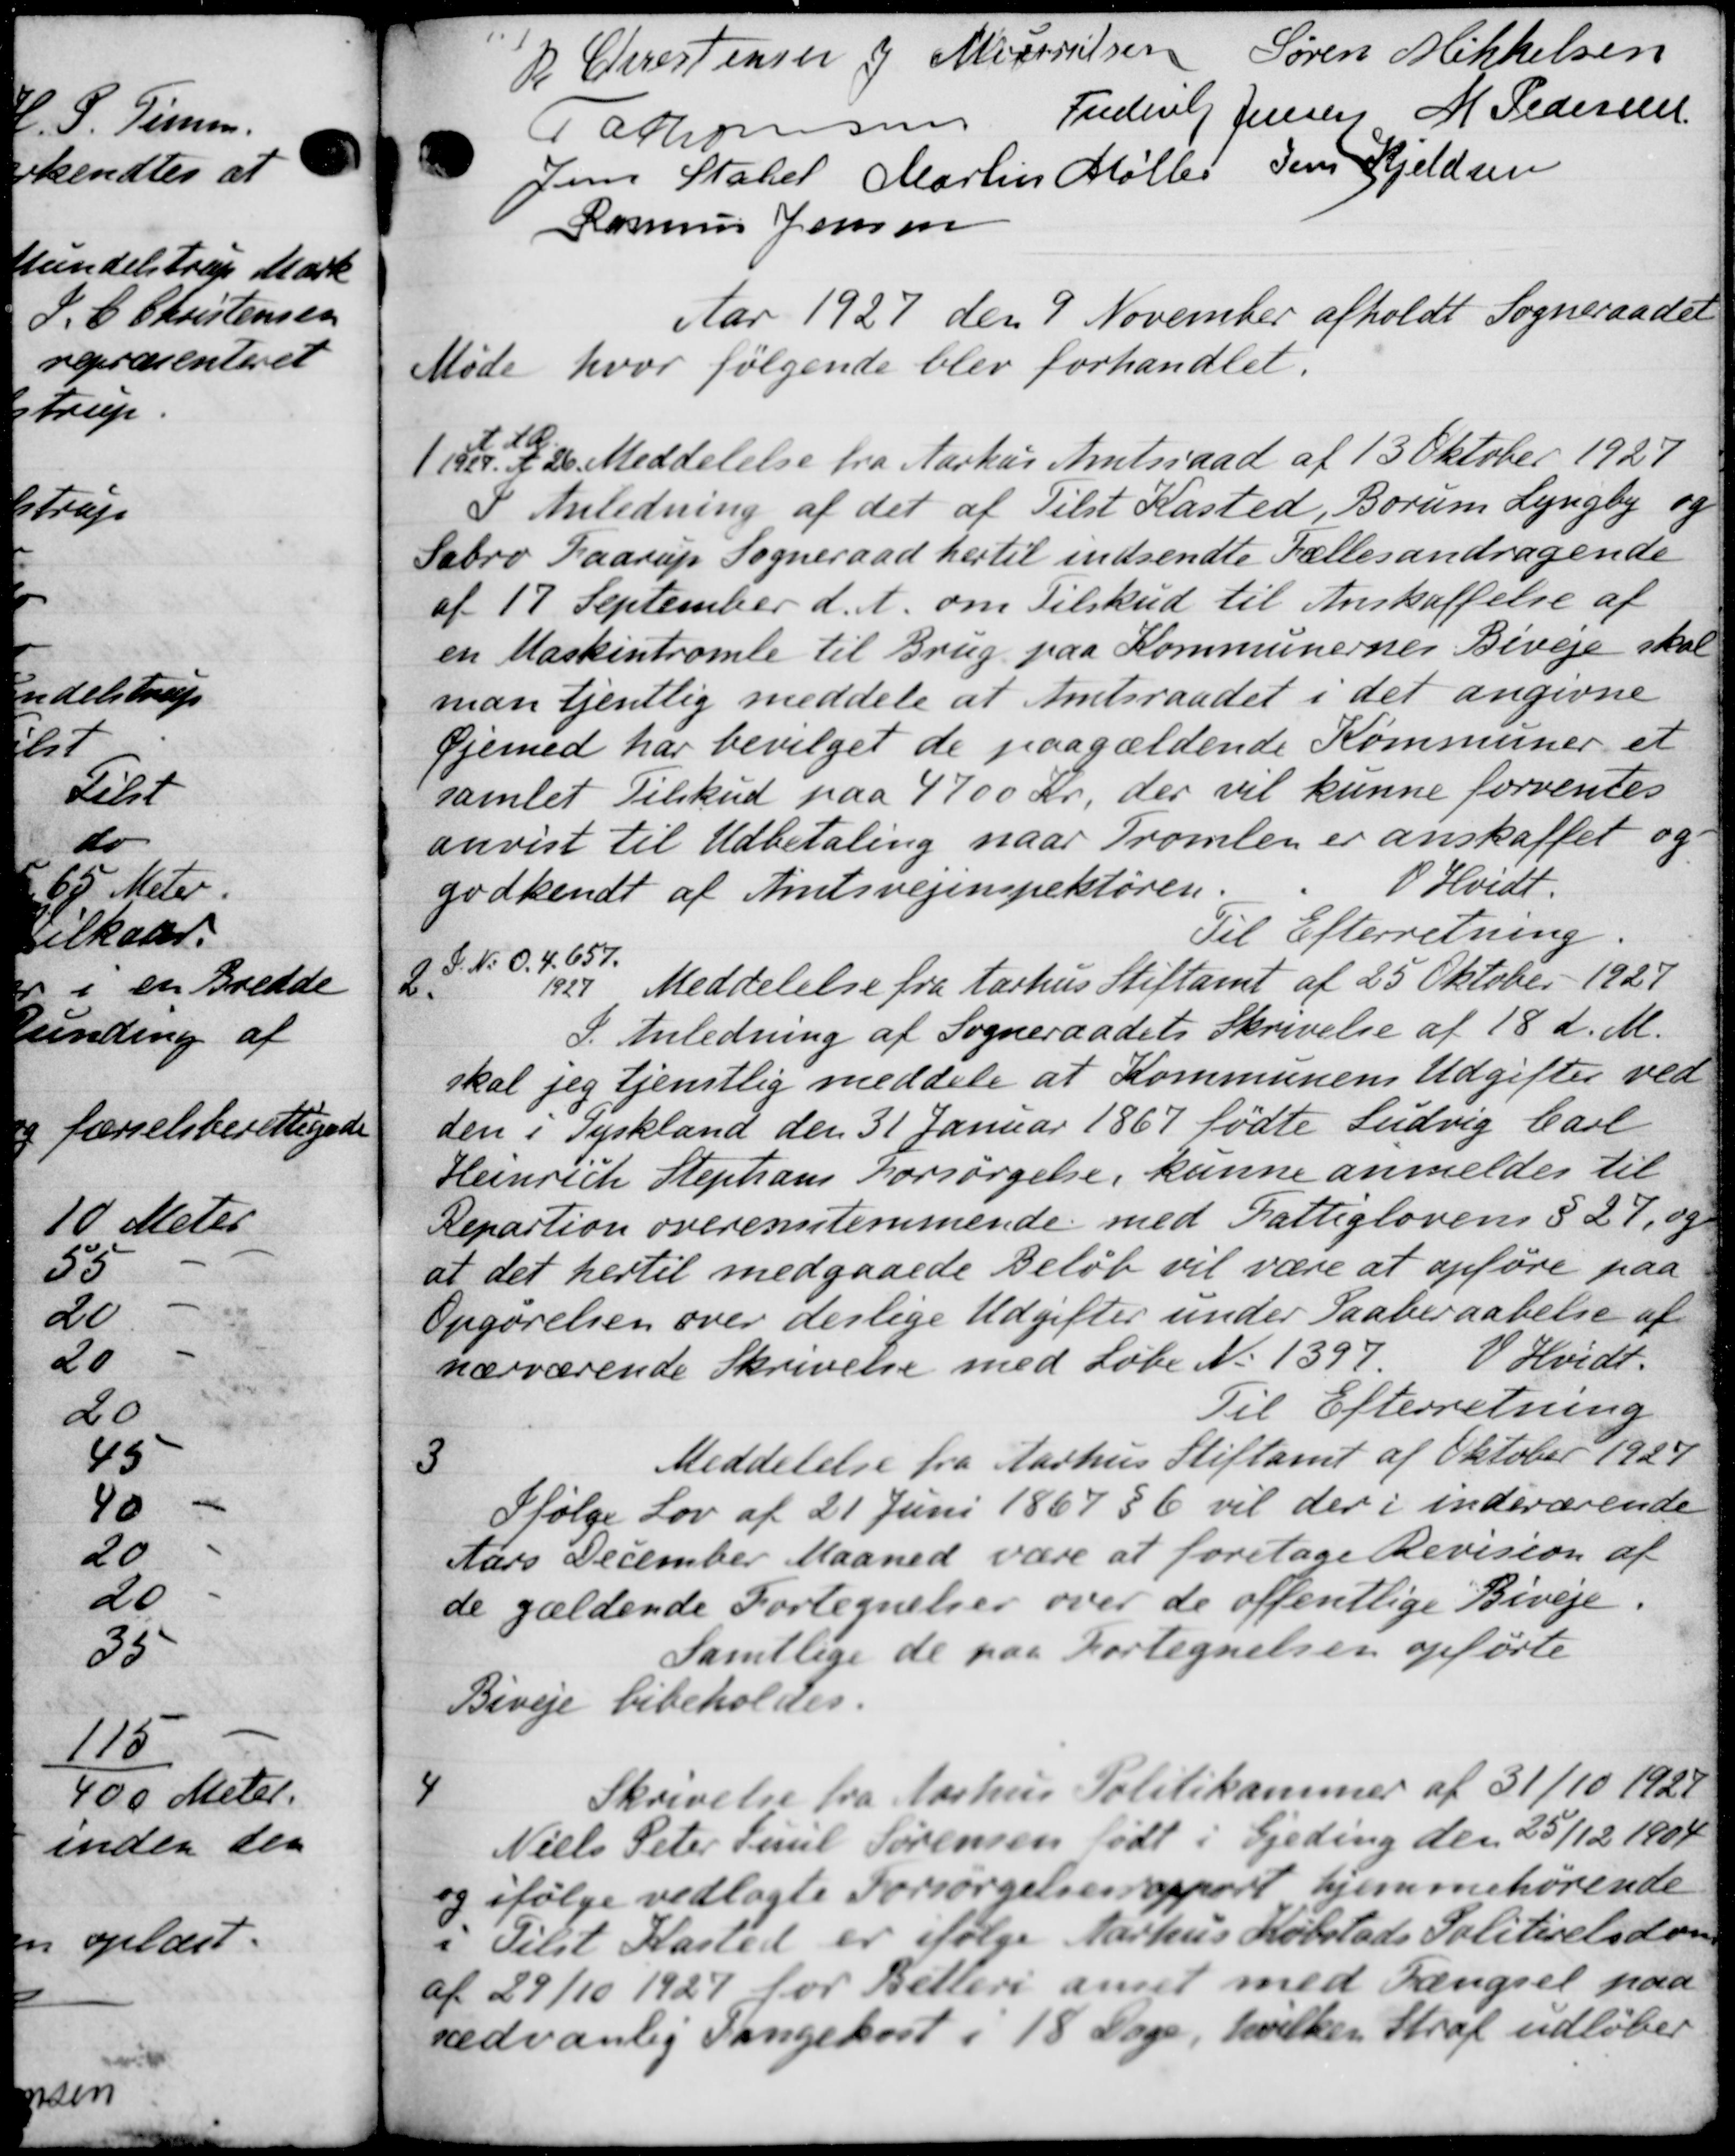
Transskription:
R Christensen J Magnudsen
Søren Mikkelsen
Fathonsen. Frederik
Jensen M Pedersen
Jens Stabel Martin Møller
Jens Kjeldsen
Rasmus Jensen
Aar 1927 den 9 November afholdt Sogneraadet
Møde hvor følgende blev forhandlet:

11. 2 Meddelelse fra Aarhus Amtsraad af 13 Oktober 1927
I Anledning af det af Tilst Kasted, Borum Lyngby og
Sabro Haarup Sogneraad hertil indsendte Fællesandragende
af 17 September d. A. om Tilskud til Anskaffelse af
en Maskintromle til Brug paa Kommunernes Biveje skal
man tjentlig meddele at Amtsraadet i det angivne
Øjemed har bevilget de paagældende Kommuner et
samlet Tilskud paa 4700 kr, der vil kunne forventes
anvist til Udbetaling naar Tromlen er anskaffet og
godkendt af Amtsvejinspektøren.
O Hvidt.
Til Efterretning
2
S. N. O. 4. 657.
1927. Meddelelse fra Aarhus Stiftamt af 25 Oktober 1927
I Anledning af Sogneraadets Skrivelse af 18 d. M.
skal jeg tjenstlig meddele at Kommunens Udgifter ved
ten i Tyskland den 31 Januar 1867 fødte Ludvig Carl
Heinrich Stephans Forsørgelse, kunne anmeldes til
Repartion overensstemmende med Fattiglovens § 27, og
at det hertil medgaaede Beløb vil være at opføre paa
Opgørelsen over derlige Udgifter under Saaberaabelse af
nærværende Skrivelse med Løbe No 1397
V Hvidt.
Til Efterretning
3
Meddelelse fra Aarhus Stiftamt af Oktober 1924
Ifølge Lov af 21 Juni 1867 § 6 vil der i indeværende
Aars December Maaned være at foretage Revision af
de gældende Fortegnelser over de offentlige Biveje.
Samtlige de paa Fortegnelsen opførte
Biveje bibeholdes.
4
Skrivelse fra Aarhus Politikammer af 31/10 1922
Niels Peter Paul Sørensen født i Ejeding den 25/12 1904
og ifølge vedlagte Forsørgelsen apport hjemmehørende
i Tilst Kasted er ifølge Aarhus Købstads Politiretsdom
af 29/10 1921 for Bellers amt med Fængsel paa
sædvanlig Sangekost i 18 Dage, hvilken Straf udløber